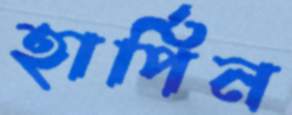
হার্পিন